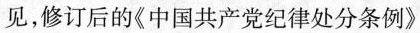
见，修订后的《中国共产党纪律处分条例》